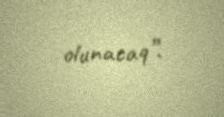
olunacaq”.